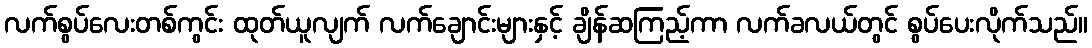
လက်စွပ်လေးတစ်ကွင်း ထုတ်ယူလျက် လက်ချောင်းများနှင့် ချိန်ဆကြည့်ကာ လက်ခလယ်တွင် စွပ်ပေးလိုက်သည်။